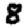
Digit: 8